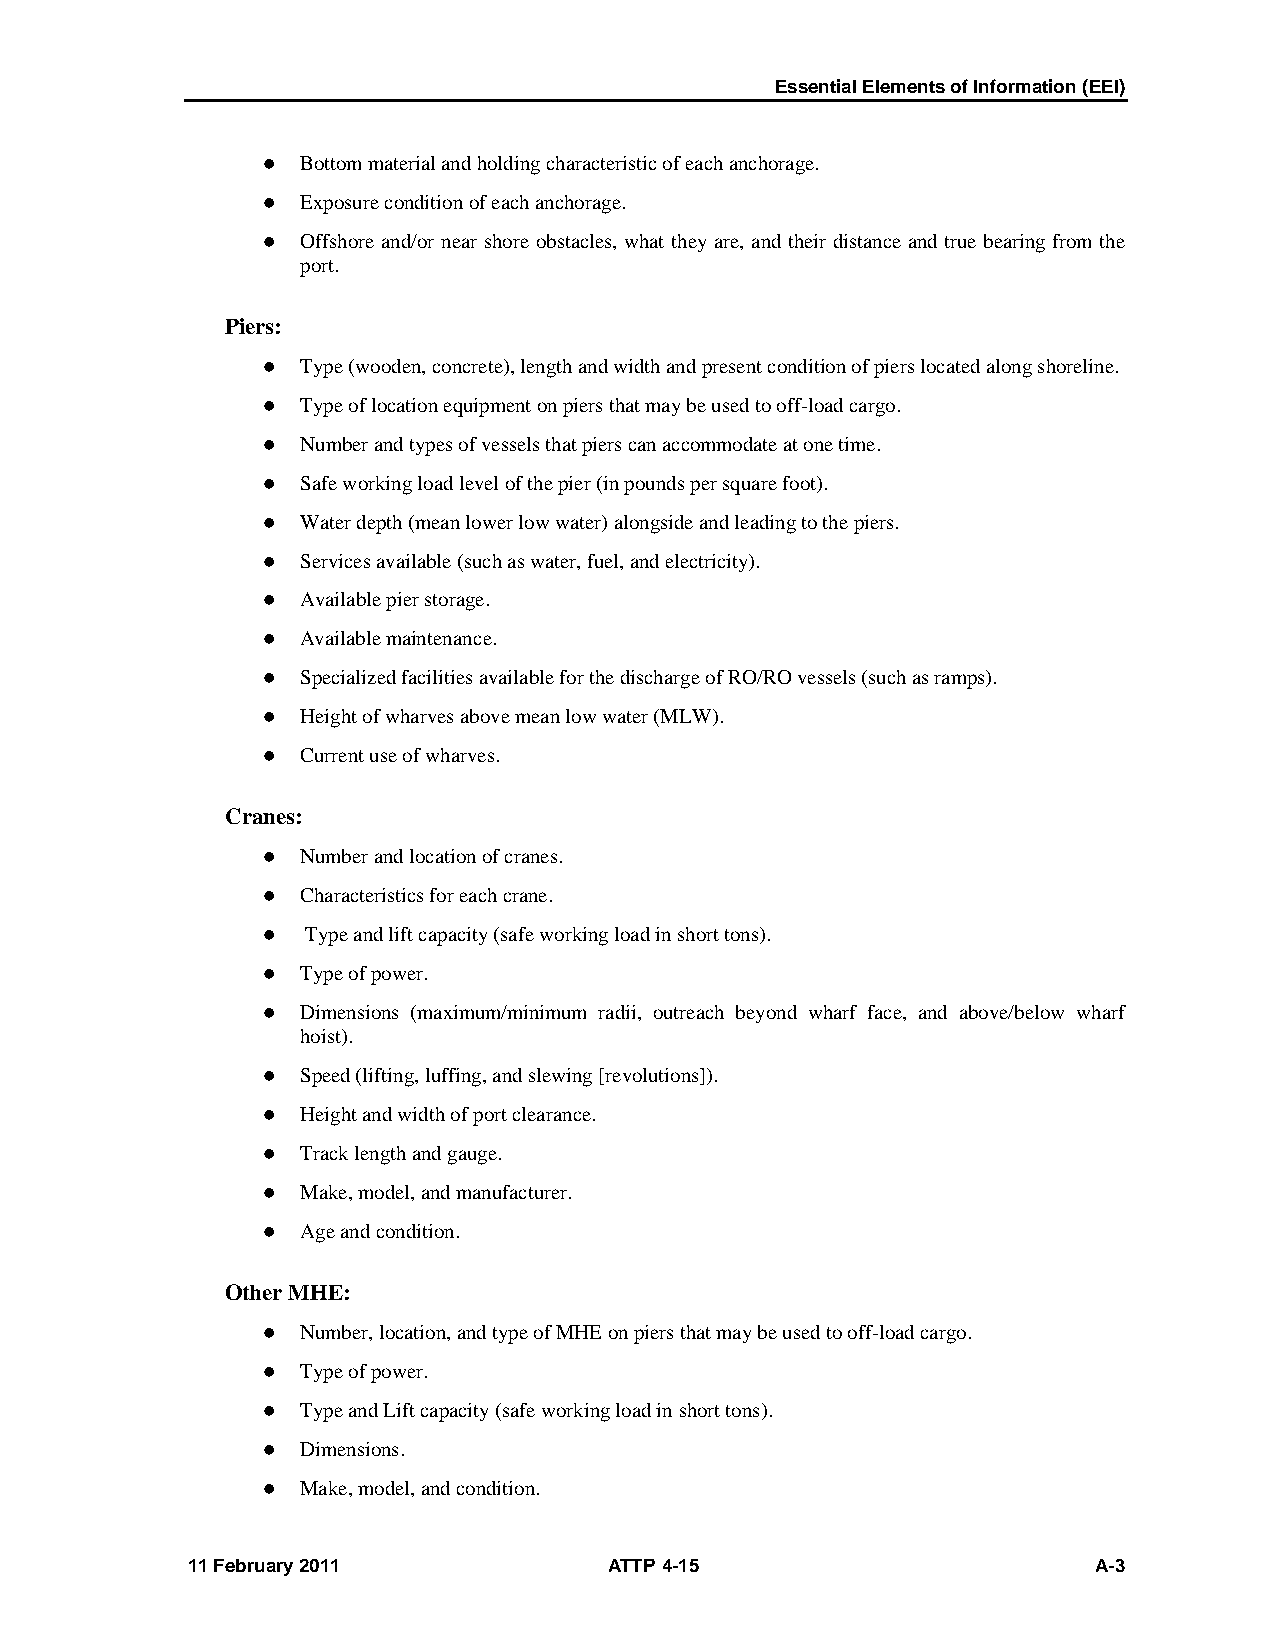
Essential Elements of Information (EEI)
   Bottom material and holding characteristic of each anchorage.
   Exposure condition of each anchorage.
   Offshore and/or near shore obstacles, what they are, and their distance and true bearing from the
 port.
 Piers:
   Type (wooden, concrete), length and width and present condition of piers located along shoreline.
   Type of location equipment on piers that may be used to off-load cargo.
   Number and types of vessels that piers can accommodate at one time.
   Safe working load level of the pier (in pounds per square foot).
   Water depth (mean lower low water) alongside and leading to the piers.
   Services available (such as water, fuel, and electricity).
   Available pier storage.
   Available maintenance.
   Specialized facilities available for the discharge of RO/RO vessels (such as ramps).
   Height of wharves above mean low water (MLW).
   Current use of wharves.
 Cranes:
   Number and location of cranes.
   Characteristics for each crane.
   Type and lift capacity (safe working load in short tons).
   Type of power.
   Dimensions (maximum/minimum radii, outreach beyond wharf face, and above/below wharf
 hoist).
   Speed (lifting, luffing, and slewing [revolutions]).
   Height and width of port clearance.
   Track length and gauge.
   Make, model, and manufacturer.
   Age and condition.
 Other MHE:
   Number, location, and type of MHE on piers that may be used to off-load cargo.
   Type of power.
   Type and Lift capacity (safe working load in short tons).
   Dimensions.
   Make, model, and condition.
 11 February 2011            ATTP 4-15                        A-3